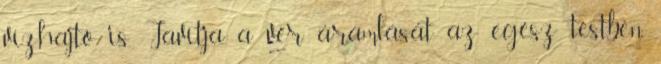
vízhajtó is. Javítja a vér áramlását az egész testben,